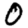
Digit: 0